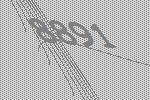
8891